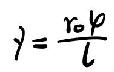
y = \frac{r \varphi}{l}